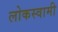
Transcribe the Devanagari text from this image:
लोकस्वामी